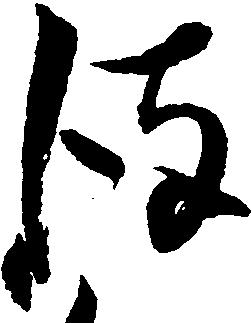
彼